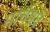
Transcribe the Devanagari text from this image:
मार्चमधे